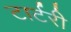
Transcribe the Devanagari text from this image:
टार्टरी